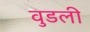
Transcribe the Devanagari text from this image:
वुडली